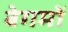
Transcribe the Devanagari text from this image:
बेगमोँ